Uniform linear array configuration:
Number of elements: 64
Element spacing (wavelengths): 1
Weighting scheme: blackman
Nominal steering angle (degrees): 0
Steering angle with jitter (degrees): -1.284
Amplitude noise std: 0.05
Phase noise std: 0.05

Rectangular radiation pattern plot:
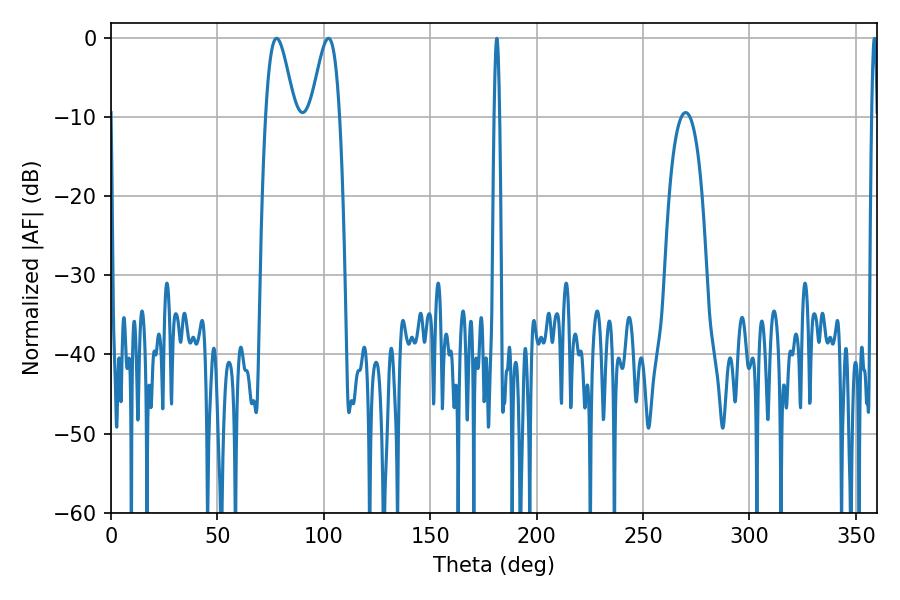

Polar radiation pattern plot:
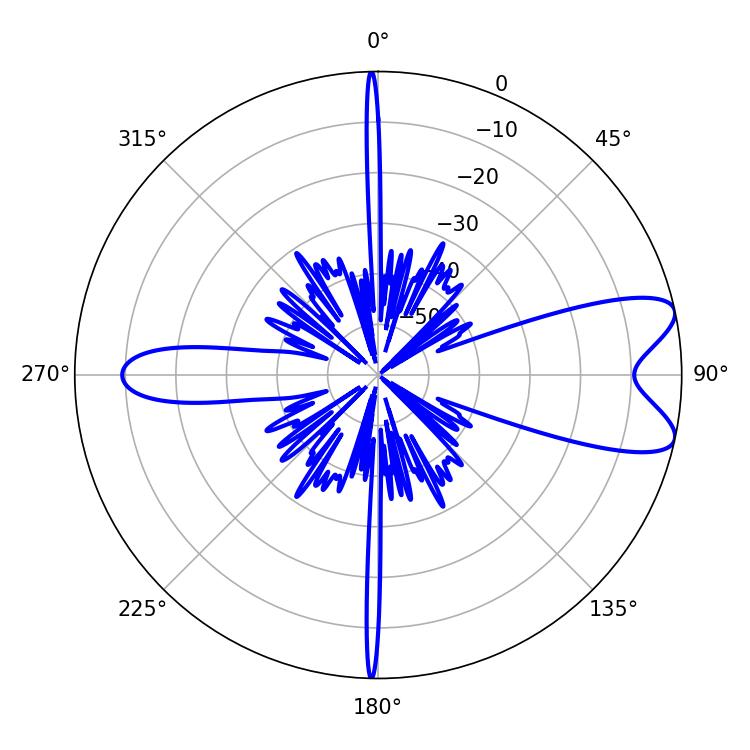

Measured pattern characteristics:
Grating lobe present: TRUE
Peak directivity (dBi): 8.741
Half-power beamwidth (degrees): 7.38
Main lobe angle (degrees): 77.76